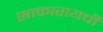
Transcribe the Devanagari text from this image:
साकारायची